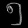
Digit: ၅